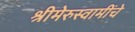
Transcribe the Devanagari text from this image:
श्रीमेरुस्वामींचे